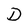
Character: D